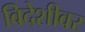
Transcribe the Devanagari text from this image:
विदेशीवर